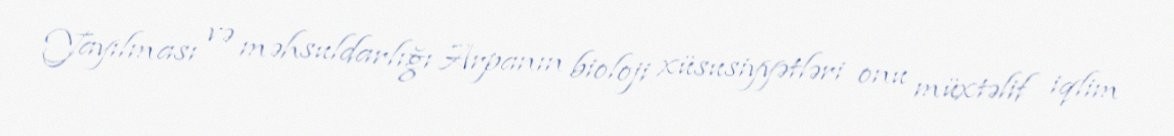
Yayılması və məhsuldarlığı Arpanın bioloji xüsusiyyətləri onu müxtəlif iqlim